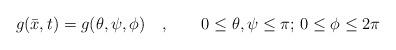
LaTeX: \begin{align*}g (\bar{x},t) = g (\theta,\psi,\phi)\quad,\qquad 0\leq \theta ,\psi\leq\pi;\,0\leq \phi \leq 2\pi\end{align*}